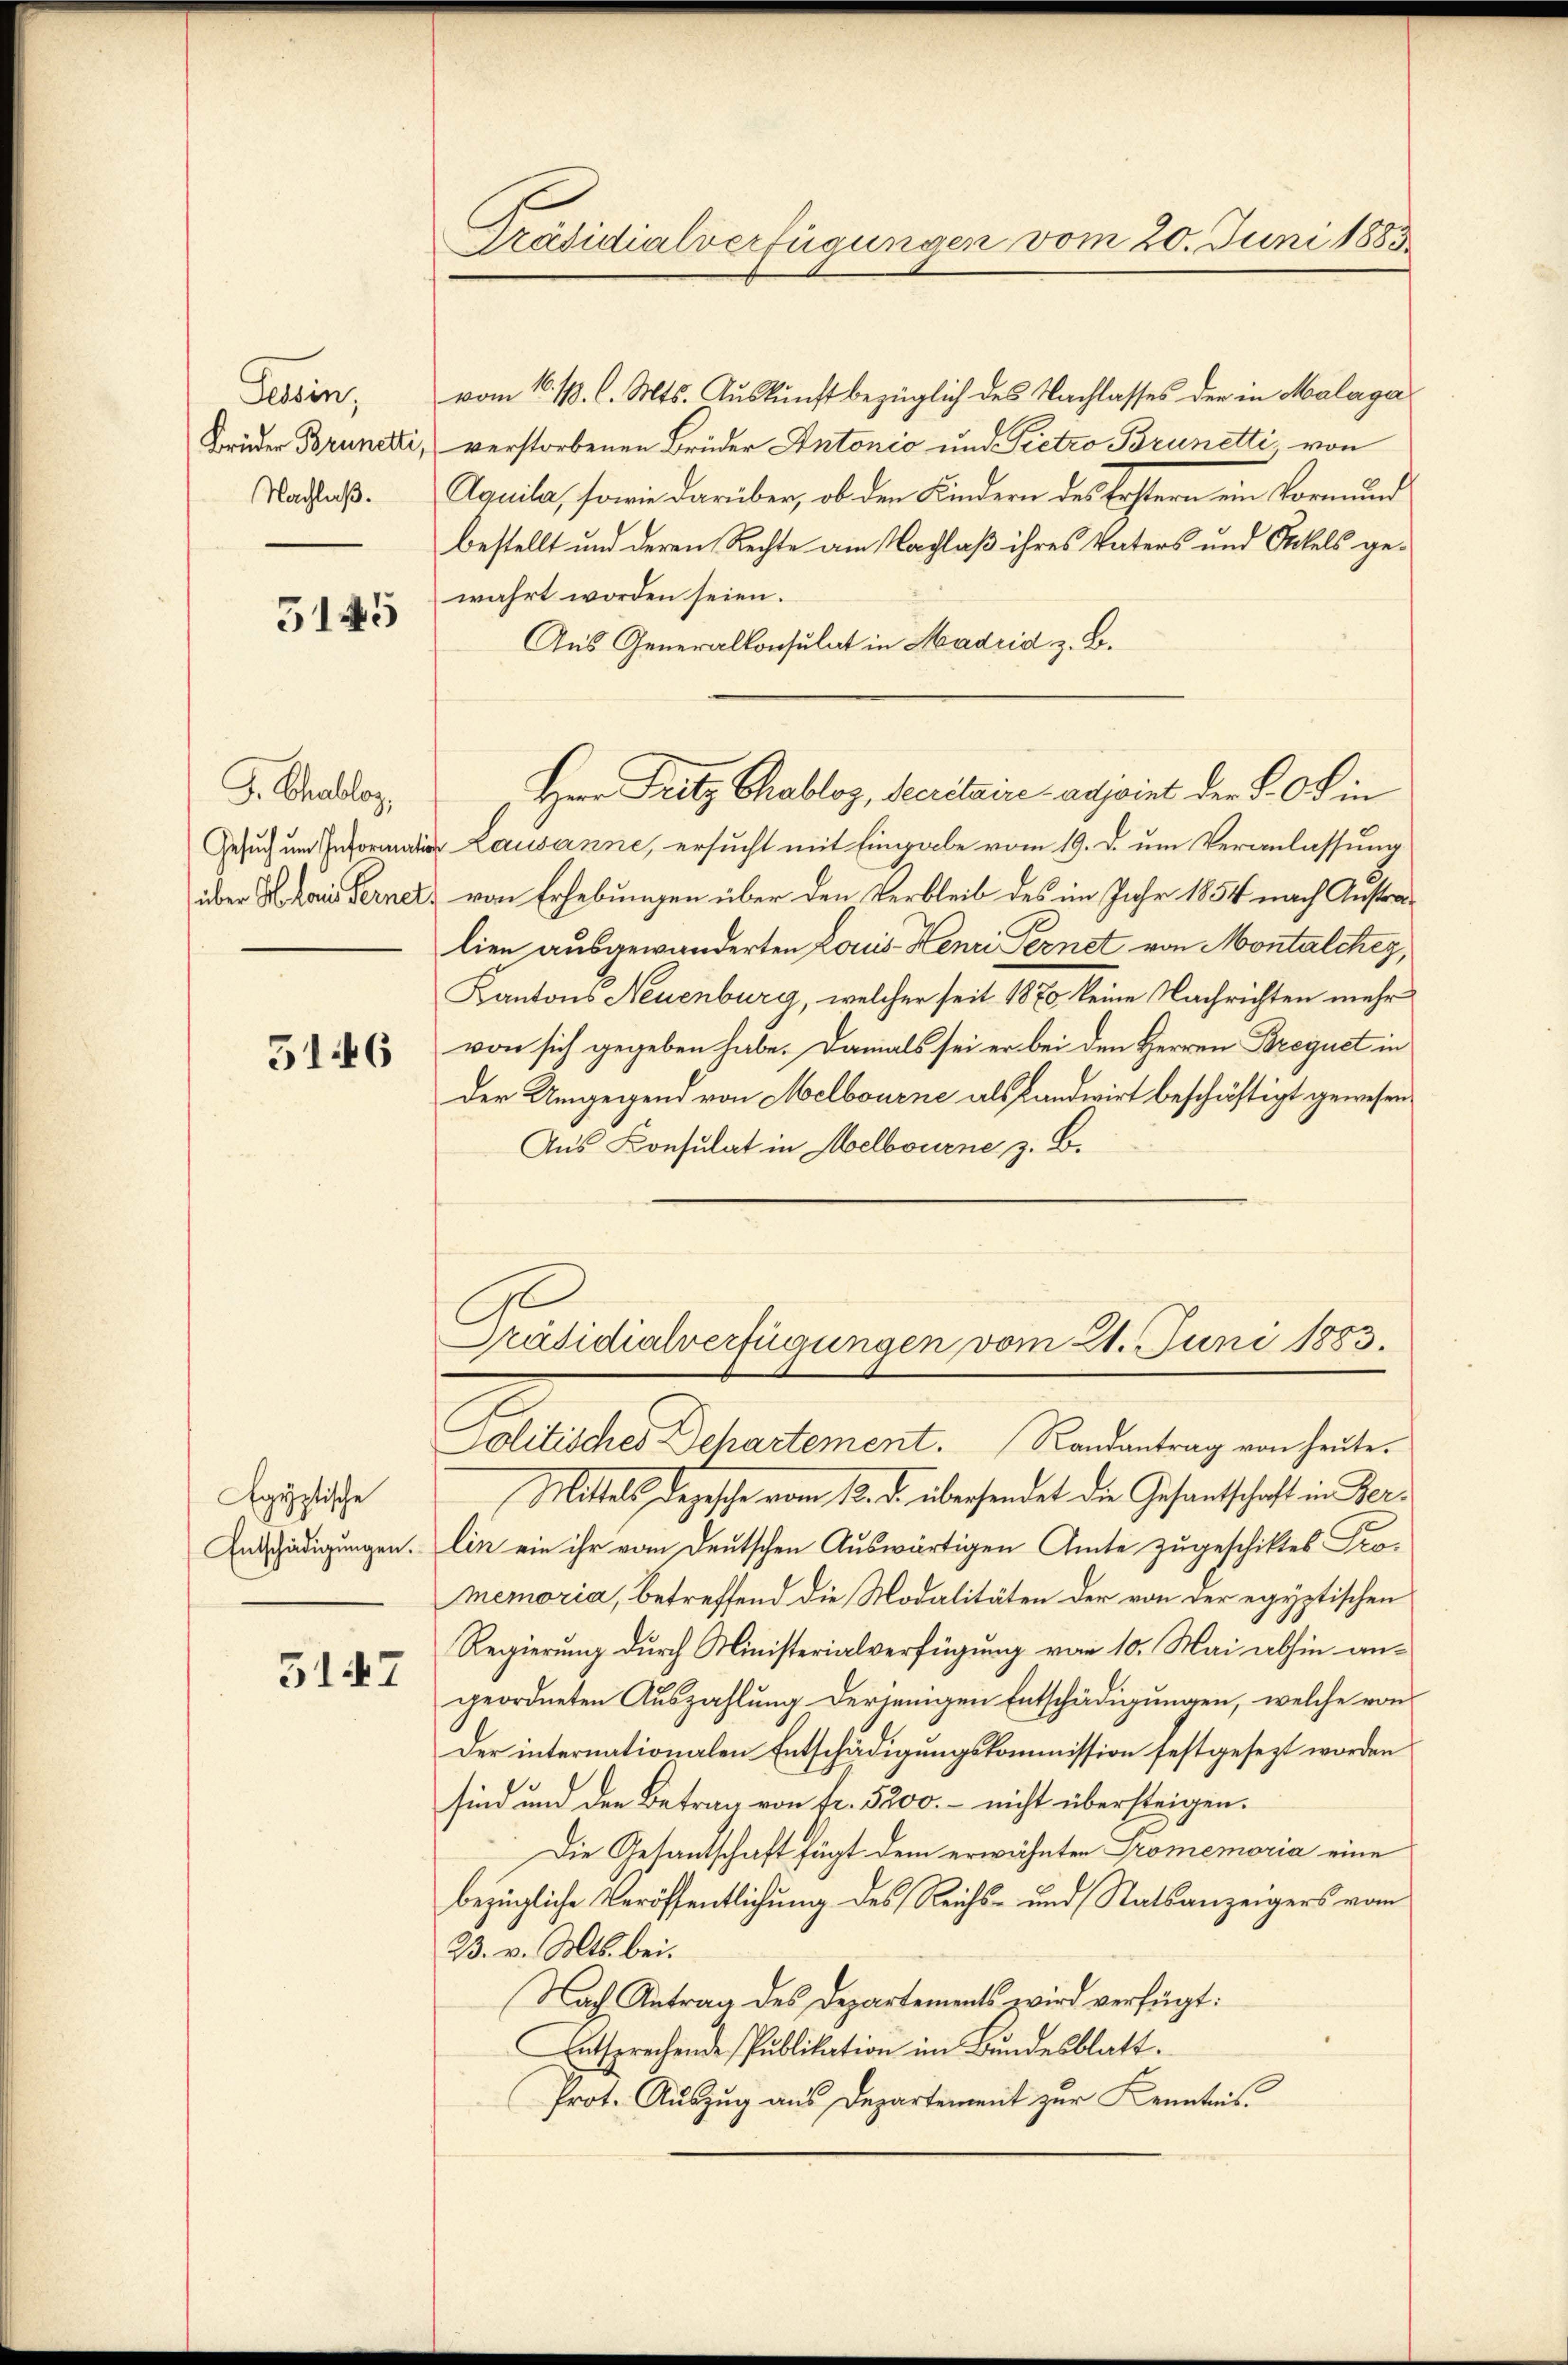
Tessin,
Brüder Brunetti,
Nachlaß.

5145

G. Challer,
Gesuch um Informatio
über Hans Fernel

5146

Egyptische
Entschädigungen.

5147

Präsidialverfügungen vom 20. Juni 1883

vom 16. 11. l. Mts. Auskunft bezüglich des Nachlasses der in Malaga
verstorbenen Brüder Antonio und Pietro Brunetti von
Aquila, sowie darüber, ob den Kindern des Erstern ein Vormund
bestellt und deren Rechte am Nachlaß ihres Vaters und Ottels ge-
wahrt worden seien.
Aus Generalkonsulat in Madrid z. B.
Lausanne, ersucht mit Eingabe vom 19. d. um Veranlassung
von Erhebungen über den Verbleib des im Jahr 1854 nach Anstralien ausgewanderten Louis Henri Pernet von Montalches,
Kantons Neuenburg, welcher seit 1870 keine Nachrichten mehr
von sich gegeben habe. Damals sei er bei den Herren Brequet in
der Umgegend von Melbourne als Landwirt beschäftigt gewesen.
Aus Konsulat in Melbourne, z. B.
Präsidialverfügungen vom 21. Juni 1883.
Politisches Dechartement. Randantrag von heŭte.
Mittels Depesche vom 18. d. übersendet die Gesantschaft in Berlin ein ihr vom Deutschen Auswärtigen Amte zugeschiktes Promemoria, betreffend die Modalitäten der von der egyptischen
Regierung durch Ministerialverfügung vom 10. Mai abhin angeordneten Auszahlung derjenigen Entschädigungen, welche von
Der internationalen Entschädigungskommission festgesezt worden
sind und den Betrag von fr. 5200. - nicht übersteigen.
Die Gesandschaft fügt dem erwähnten Promemoria eine
bezügliche Veröffentlichung des Reichs- und Statsanzeigers vom
23. v. Mts. bei.
Nach Antrag des Departements wird verfügt:
Entsprechende Publikation im Bundesblatt.
Prot. Auszug aus Departement zur Kenntnis

Herr Pritz Chabloz, Secretaire adjoint der L. Ob in